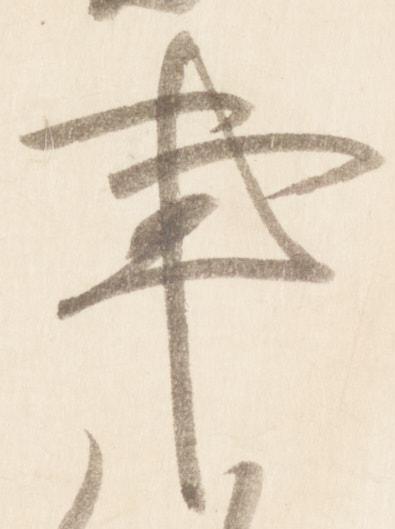
亊